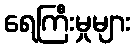
ရေကြီးမှုများ